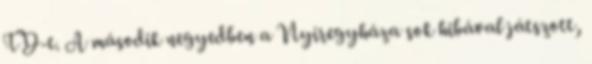
TD-t. A második negyedben a Nyíregyháza sok hibával játszott,